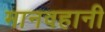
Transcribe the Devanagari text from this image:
मानवहानी